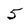
Character: 5